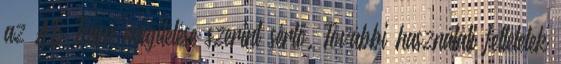
az AB Team megítélése szerint sértő. További használati feltételek